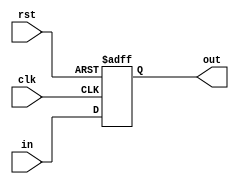
module Mem_Stage_Reg #(parameter N = 32)(clk, rst, in, out);
    input clk, rst;
    input [N-1:0]in;
    output reg [N-1:0] out;
    always @(posedge clk, posedge rst) begin
        if (rst)
            out <= {N{1'b0}};
        else
            out <= in;
    end
endmodule